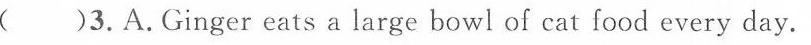
( )3.A.Ginger eats a large bowl of cat food every day.